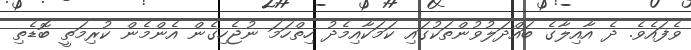
ވެފައެވެ. ދެ އާއިލާގެ ބައްދަލުވުންތަކުގައި ކަމަކާއިމެދު ހިތްހަމަ ނުޖެހިގެން އެންމެން ކުރިމަތީ ބޮޑެތި